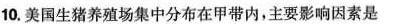
10.美国生猪养殖场集中分布在甲带内，主要影响因素是